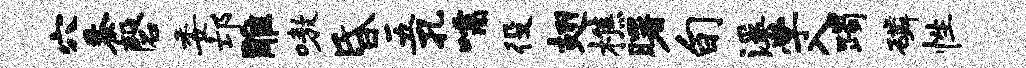
穴黍磬委邙雕嗷昏五孔嚅役翅樵曙旬溪学入躅磷性